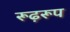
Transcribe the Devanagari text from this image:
रूढ़रूप